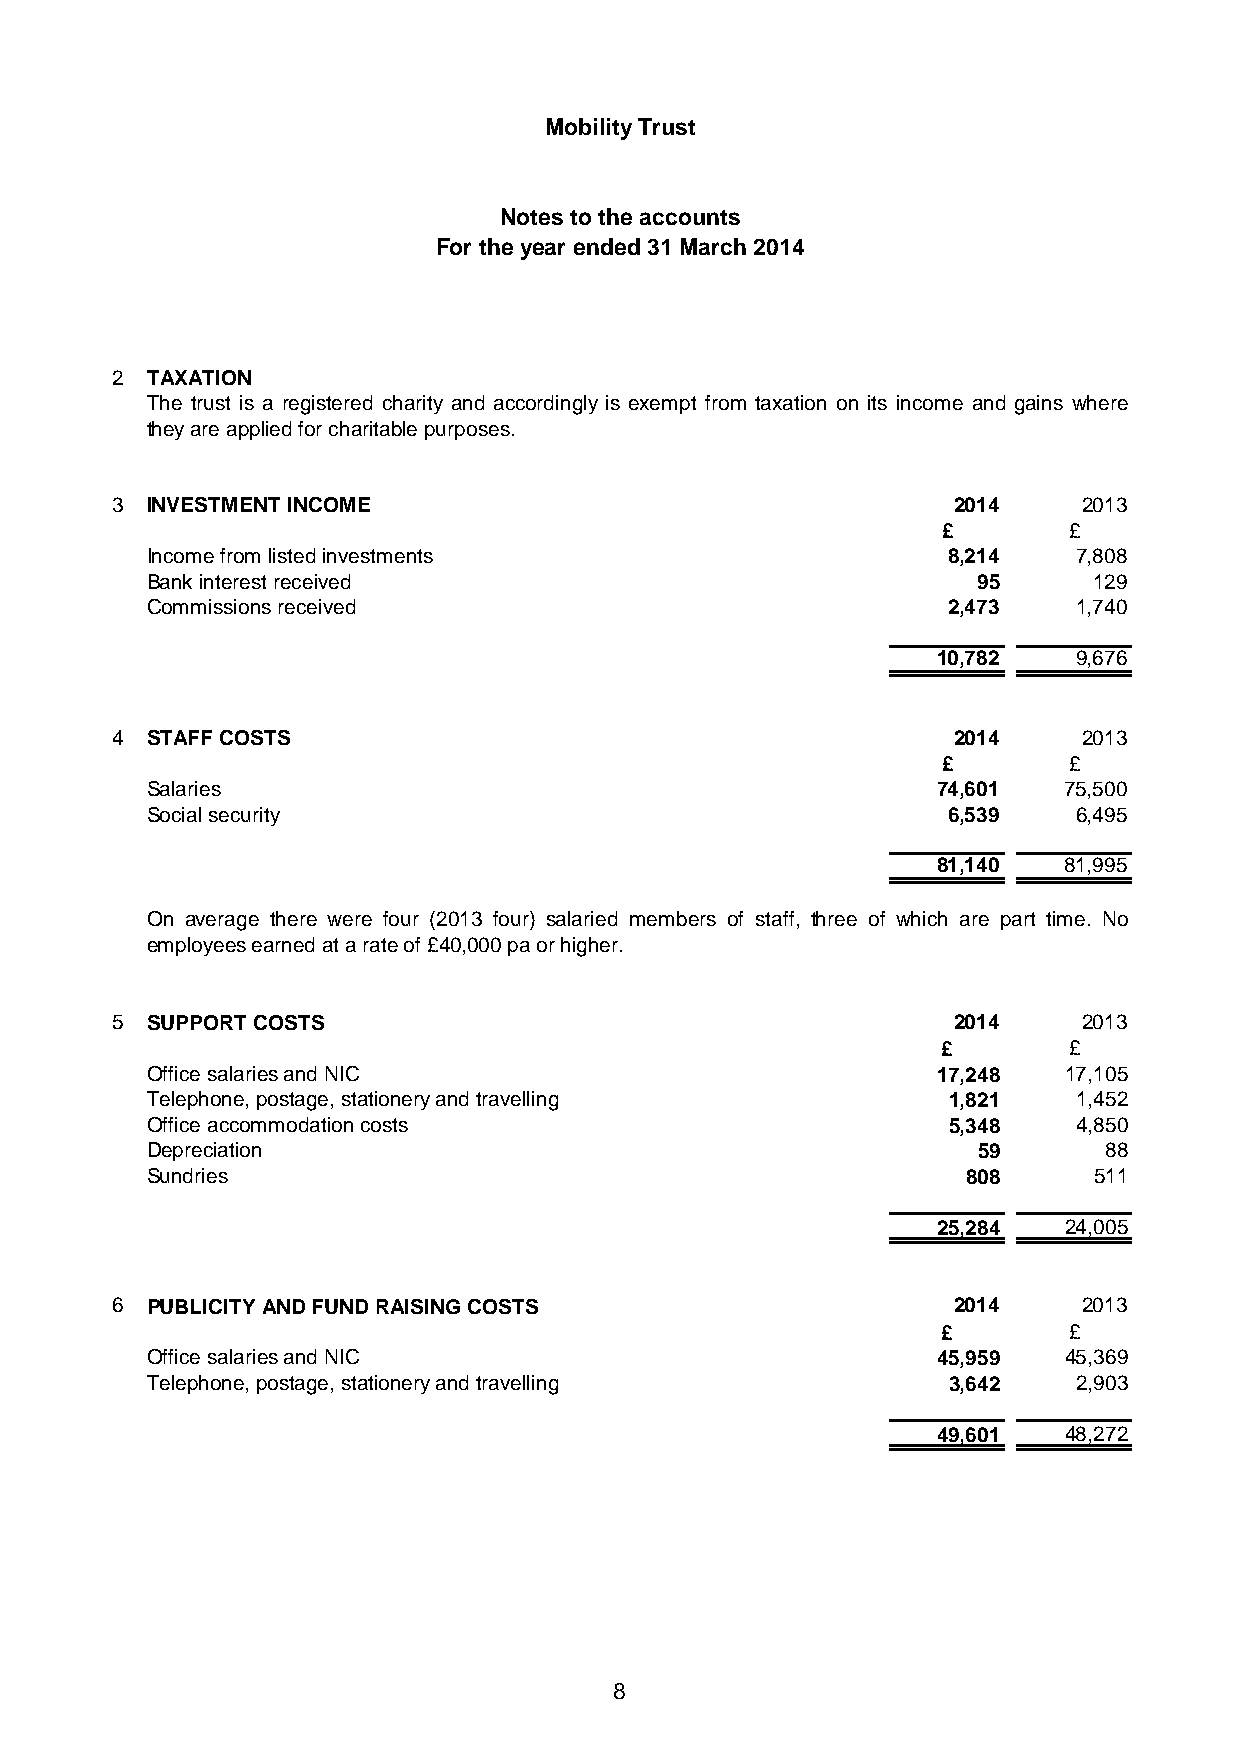
Mobility Trust
 Notes to the accounts
 For the year ended 31 March 2014
 2  TAXATION
 The trust is a registered charity and accordingly is exempt from taxation on its income and gains where
 they are applied for charitable purposes.
 3  INVESTMENT INCOME                                    2014     2013
 £        £
 Income from listed investments                       8,214   7,808
 Bank interest received                                 95     129
 Commissions received                                 2,473   1,740
 10,782   9,676
 4  STAFF COSTS                                          2014     2013
 £        £
 Salaries                                            74,601  75,500
 Social security                                      6,539   6,495
 81,140  81,995
 On average there were four (2013 four) salaried members of staff, three of which are part time. No
 employees earned at a rate of £40,000 pa or higher.
 5  SUPPORT COSTS                                        2014     2013
 £        £
 Office salaries and NIC                             17,248  17,105
 Telephone, postage, stationery and travelling        1,821   1,452
 Office accommodation costs                           5,348   4,850
 Depreciation                                           59      88
 Sundries                                              808     511
 25,284  24,005
 6  PUBLICITY AND FUND RAISING COSTS                     2014     2013
 £        £
 Office salaries and NIC                             45,959  45,369
 Telephone, postage, stationery and travelling        3,642   2,903
 49,601  48,272
 8